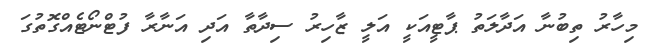
މިހާރު ތިބުނާ އަދާލަތު ޕާޓީއަކީ އަލީ ޒާހިރު ސިދާތާ އަދި އަނާރާ ފުޓްނޯޓެއްގޮތުގަ